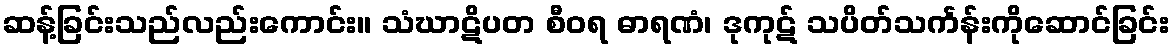
ဆန့်ခြင်းသည်လည်းကောင်း။ သံဃာဋိပတ စီဝရ ဓာရဏံ၊ ဒုကုဋ် သပိတ်သင်္ကန်းကိုဆောင်ခြင်း